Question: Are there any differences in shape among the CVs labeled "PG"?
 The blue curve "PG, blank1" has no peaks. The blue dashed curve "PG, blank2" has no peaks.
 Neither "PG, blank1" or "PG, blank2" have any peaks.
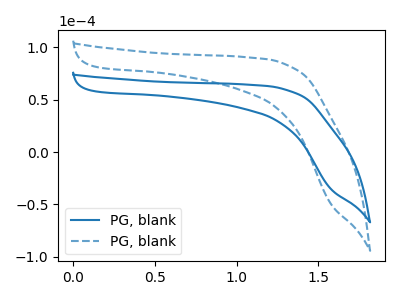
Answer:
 <answer>All the CV's of "PG" have similar shape.</answer>
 <eval>follow_rule</eval>